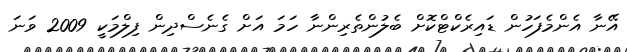
އޭނާ އެންމެފަހުން ޑައިރެކްޓްކޮށް ބެލުންތެރިންނާ ހަމަ އަށް ގެނެސްދިން ފިލްމަކީ 2009 ވަނަ